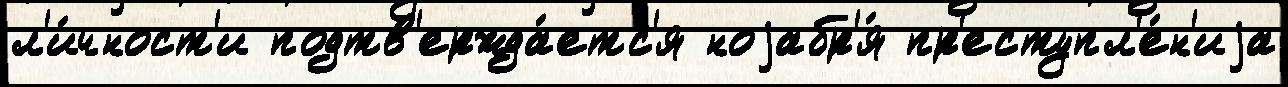
л'и́чност'и подтв'ержда́етс'я ноjабр'я́ пр'еступл'е́н'иjа